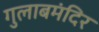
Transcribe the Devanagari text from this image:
गुलाबमंदिर